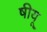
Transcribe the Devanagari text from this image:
षीयू